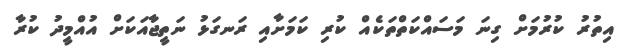
އިތުރު ކުރުމަށް ގިނަ މަސައްކަތްތަކެއް ކުރި ކަމަށާއި ރަނގަޅު ނަތީޖާއަކަށް އުއްމީދު ކުރާ